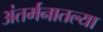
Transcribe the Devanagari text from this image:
अंतर्मनातल्या